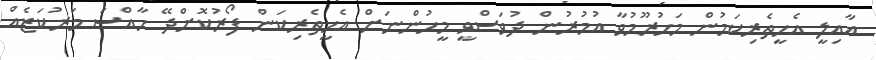
އާއިލީ އެހީތެރިކަމުން މަހުރޫމުވާ އުމުރުން ދުވަސްވީ މީހުންނަށް އެހީތެރިކަން ފޯރުކޮށްދޭ ހާއްސަ މަރުކަޒެއް